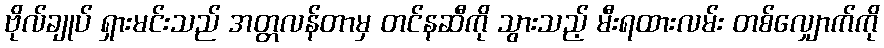
ဗိုလ်ချုပ် ရှားမင်းသည် အတ္တလန်တာမှ တင်နဆီကို သွားသည့် မီးရထားလမ်း တစ်လျှောက်ကို